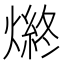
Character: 𤍑